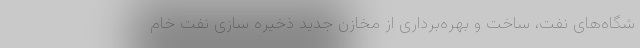
شگاه‌های نفت، ساخت و بهره‌برداری از مخازن جدید ذخیره سازی نفت خام